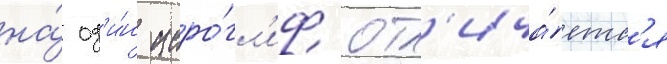
на́ од'и́н иеро́гл'иф отл'ича́етс'я